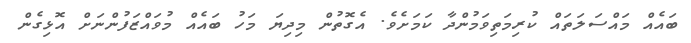
ބައެއް މައްސަލަތައް ކުރިމަތިވަމުންދާ ކަމަށެވެ. އެގޮތުން މިދިޔަ މަހު ބައެއް މުވައްޒަފުންނަށް އޮޅިގެން